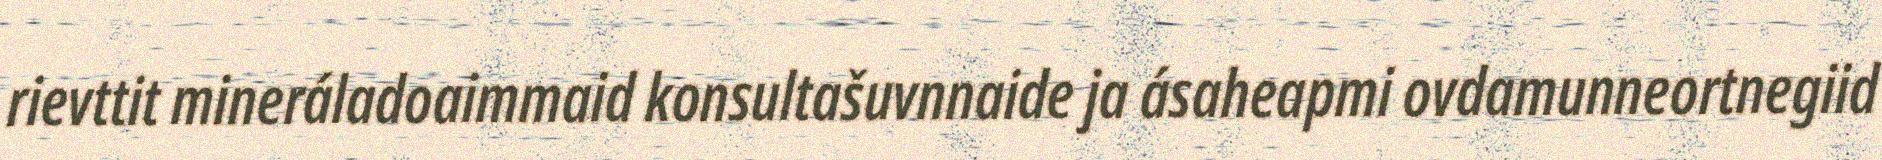
rievttit mineráladoaimmaid konsultašuvnnaide ja ásaheapmi ovdamunneortnegiid